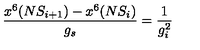
\frac { x ^ { 6 } ( N S _ { i + 1 } ) - x ^ { 6 } ( N S _ { i } ) } { g _ { s } } = \frac { 1 } { g _ { i } ^ { 2 } }